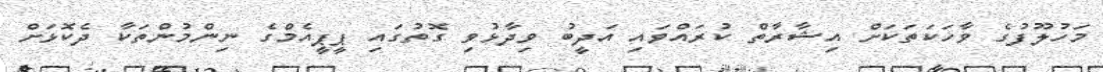
މަހުލޫފުގެ ވާހަކަތަކަށް އިޝާރާތް ކުރައްވައި އަދީބު ވިދާޅުވި ގޮތުގައި ޕީޕީއެމްގެ ނިންމުންތަކާ ދެކޮޅަށް